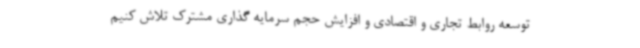
توسعه روابط تجاری و اقتصادی و افزایش حجم سرمایه گذاری مشترک تلاش کنیم